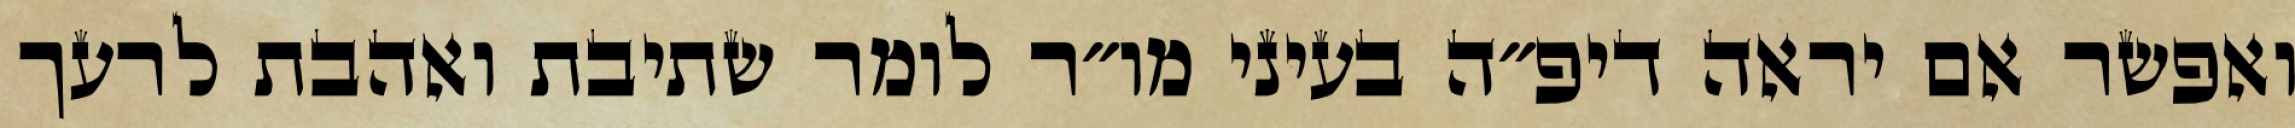
ואפשר אם יראה דיפ״ה בעיני מו״ר לומר שתיבת ואהבת לרעך